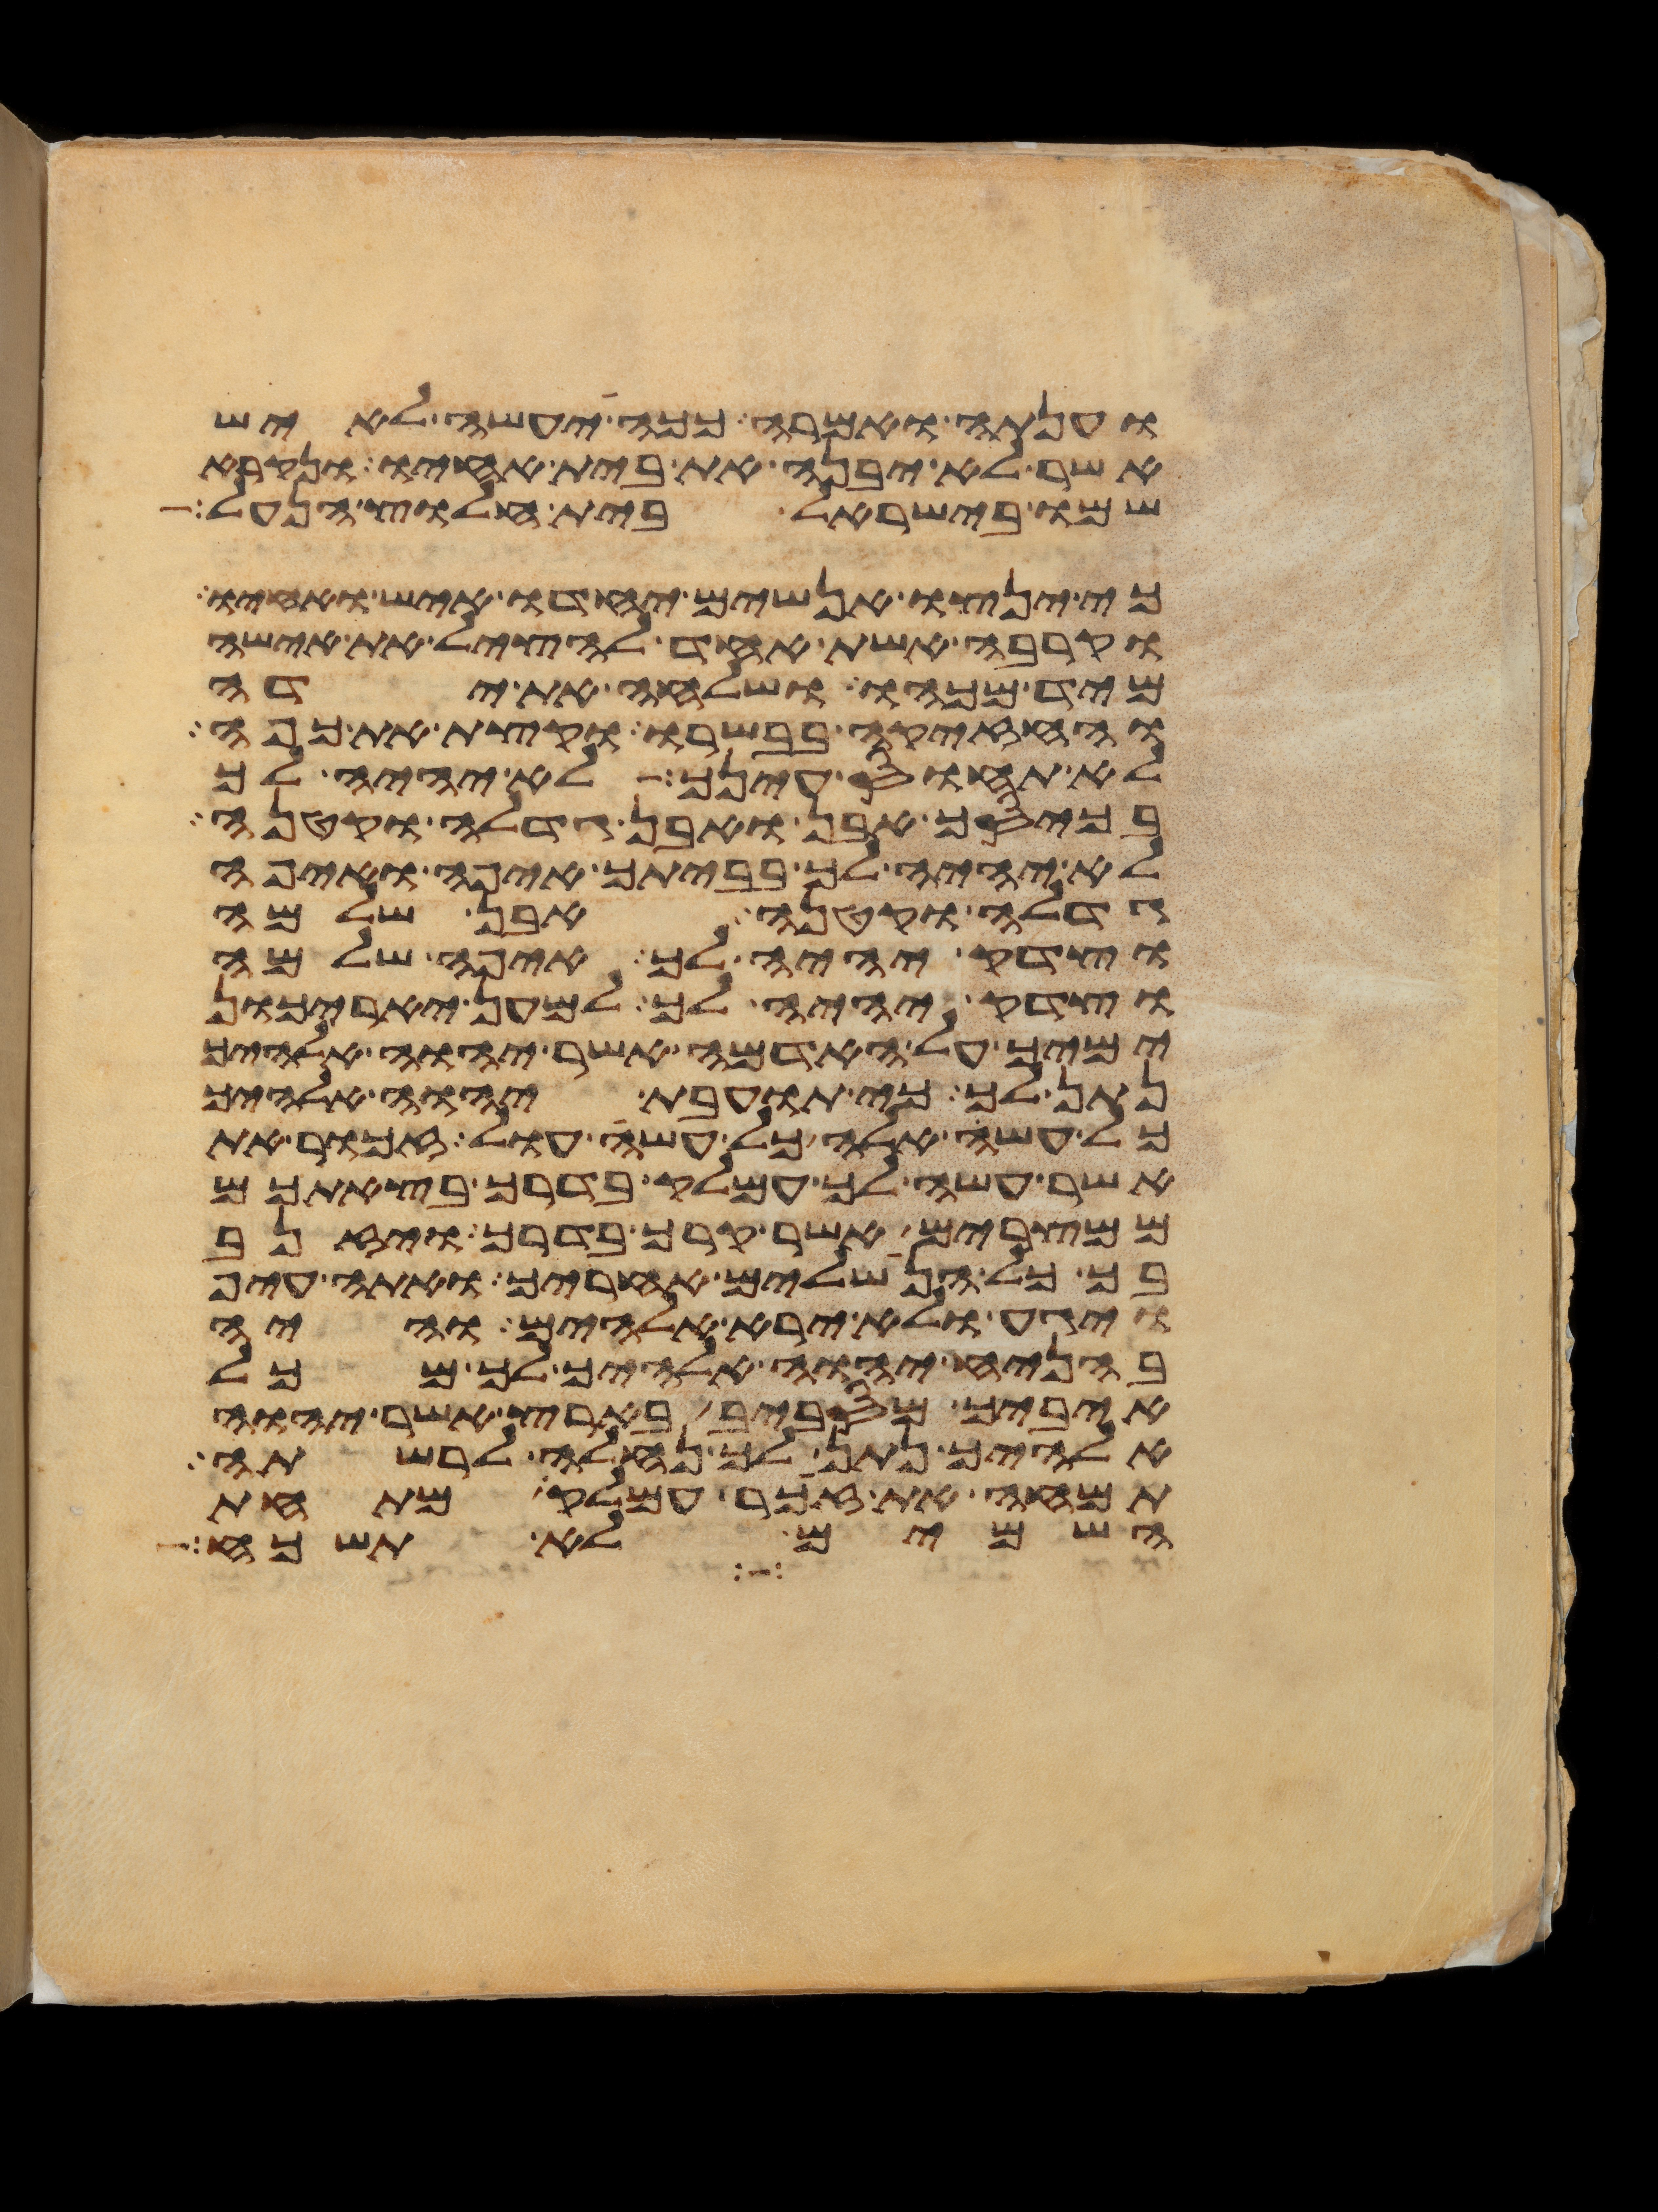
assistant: וענתה ואמרה ככה יעשה לאיש
אשר לא יבנה את בית אחיו ונקרא
שמו בישראל בית חלוץ הנעל
כי ינצו אנשים יחדו איש ואחיו
וקרבה אשת אחד להציל את אישה
מיד מכהו ושלחה את ידה
והחזיקה בבשרו וקצת את כפה
לא תחוס עינך לא יהיה לך
בכיסך אבן ואבן גדלה וקטנה
לא יהיה לך בביתך איפה ואיפה
גדלה וקטנה אבן שלמה
וצדק יהיה לך איפה שלמה
וצדק יהיה לך למען יאריכון
ימיך על האדמה אשר יהוה אלהיך
נתן לך כי תועבת יהוה אלהיך
כל עשה אלה כל עשה עול זכור את
אשר עשה לך עמלק בדרך בצאתכם
ממצרים אשר קרך בדרך ויזנב
בך כל הנשלים אחריך ואתה עיף
ויגע ולא ירא אלהים והיה
בהניח יהוה אלהיך לך מכל
איביך מסביב בארץ אשר יהוה
אלהיך נתן לך נחלה לרשתה
תמחה את זכר עמלק מתחת
השמים לא תשכח